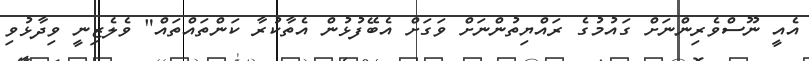
އެއީ ނޫސްވެރިންނަށް ގައުމުގެ ރައްޔިތުންނަށް ވަގަށް އެބޭފުޅުން އެތާކުރާ ކަންތައްތައް" ވެލެޒިނީ ވިދާޅުވި